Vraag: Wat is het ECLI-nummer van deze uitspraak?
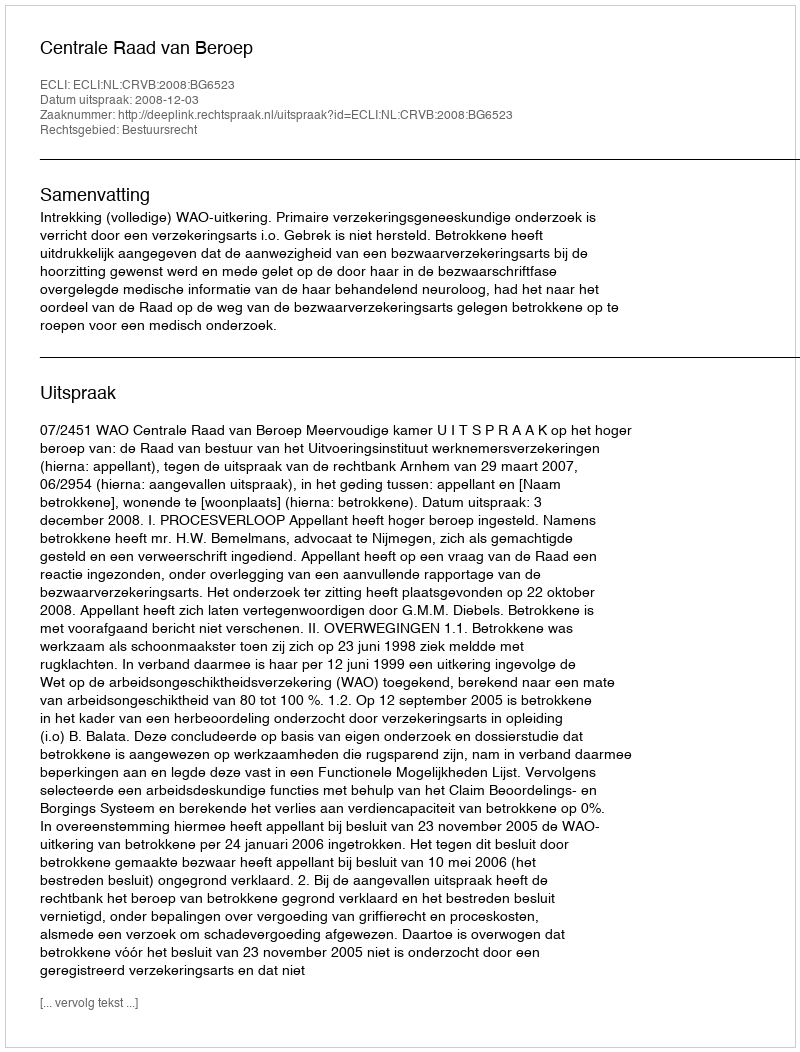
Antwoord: ECLI:NL:CRVB:2008:BG6523